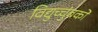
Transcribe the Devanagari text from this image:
विद्युच्चुंबकों